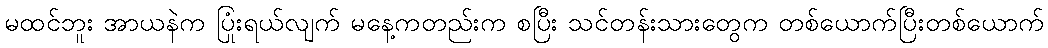
မထင်ဘူး အာယနဲက ပြုံးရယ်လျက် မနေ့ကတည်းက စပြီး သင်တန်းသားတွေက တစ်ယောက်ပြီးတစ်ယောက်